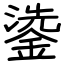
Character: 鍌